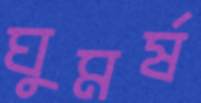
ঘুমর্ষ